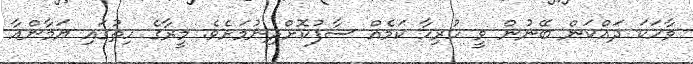
ވާހަކަ ދައްކަން ބޭނުން ވީ ހުރިހާ ކަމެއް ސާފުކޮށްދިނުމަށެވެ. މީރާގެ ހިތުގައި ޔަމާންއާ